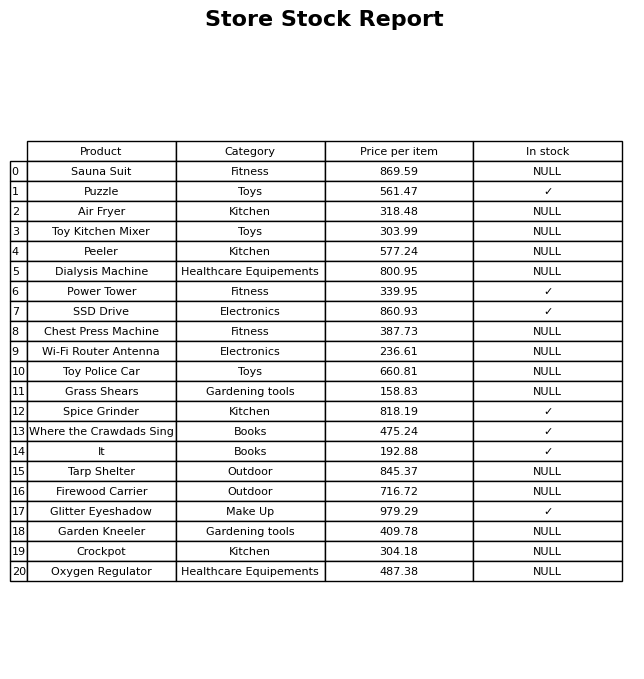
question: What is the price for Garden Kneeler?
answer: The price of Garden Kneeler is 409.78.